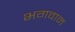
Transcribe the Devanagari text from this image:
भगवान